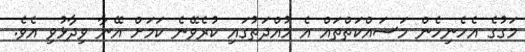
މަގުގެ އެހެނިހެން މަސައްކަތްތައް އެ މުއްދަތުގައި ކުރެވޭނެ ކަމަށް އޭނާ ވިދާޅުވި އެވެ.